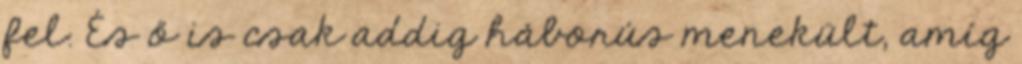
fel. És ő is csak addig háborús menekült, amíg